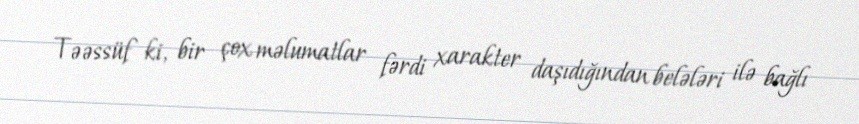
Təəssüf ki, bir çox məlumatlar fərdi xarakter daşıdığından belələri ilə bağlı